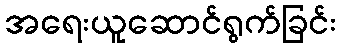
အရေးယူဆောင်ရွက်ခြင်း